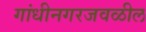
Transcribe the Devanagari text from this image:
गांधीनगरजवळील